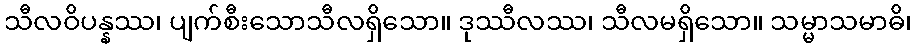
သီလဝိပန္နဿ၊ ပျက်စီးသောသီလရှိသော။ ဒုဿီလဿ၊ သီလမရှိသော။ သမ္မာသမာဓိ၊